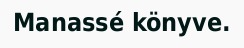
Manassé könyve.